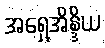
အရှေ့အိန္ဒိယ